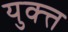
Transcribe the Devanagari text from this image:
युक्त्त